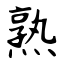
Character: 熟